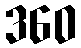
360